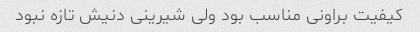
کیفیت براونی مناسب بود ولی شیرینی دنیش تازه نبود